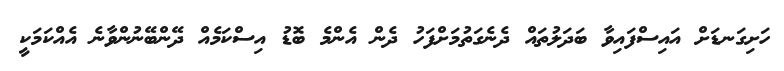
ހަށިގަނޑަށް އައިސްފައިވާ ބަދަލުތައް ދެނެގަތުމަށްފަހު ދެން އެންމެ ބޮޑު އިސްކަމެއް ދޭންބޭނުންވާނެ އެއްކަމަކީ